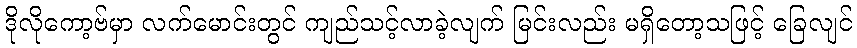
ဒိုလိုကော့ဗ်မှာ လက်မောင်းတွင် ကျည်သင့်လာခဲ့လျက် မြင်းလည်း မရှိတော့သဖြင့် ခြေလျင်